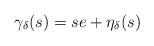
LaTeX: \begin{align*}\gamma_\delta(s) = se + \eta_\delta(s) \quad\end{align*}